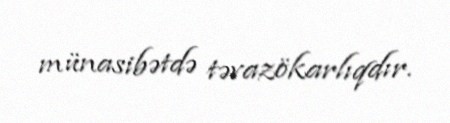
münasibətdə təvazökarlıqdır.